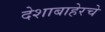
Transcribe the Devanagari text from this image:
देशाबाहेरचे